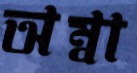
অম্বা